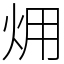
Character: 㶲